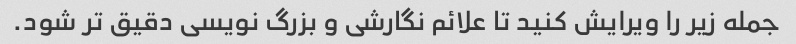
جمله زیر را ویرایش کنید تا علائم نگارشی و بزرگ نویسی دقیق تر شود.